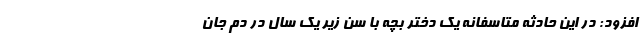
افزود: در این حادثه متاسفانه یک دختر بچه با سن زیر یک سال در دم جان